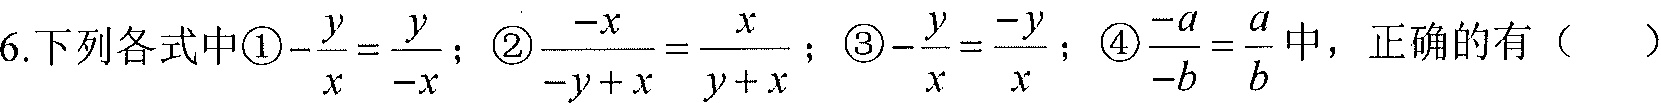
6. 下列各式中\textcircled{1}\(-\frac{y}{x}=\frac{y}{-x}\)；\textcircled{2}\(\frac{-x}{-y + x}=\frac{x}{y + x}\)；\textcircled{3}\(-\frac{y}{x}=\frac{-y}{x}\)；\textcircled{4}\(\frac{-a}{-b}=\frac{a}{b}\)中，正确的有（  ）